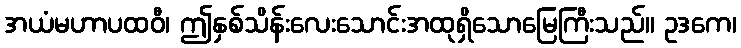
အယံမဟာပထဝီ၊ ဤနှစ်သိန်းလေးသောင်းအထုရှိသောမြေကြီးသည်။ ဥဒကေ၊